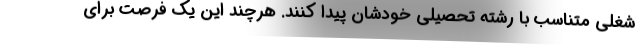
شغلی متناسب با رشته تحصیلی خودشان پیدا کنند. هرچند این یک فرصت برای